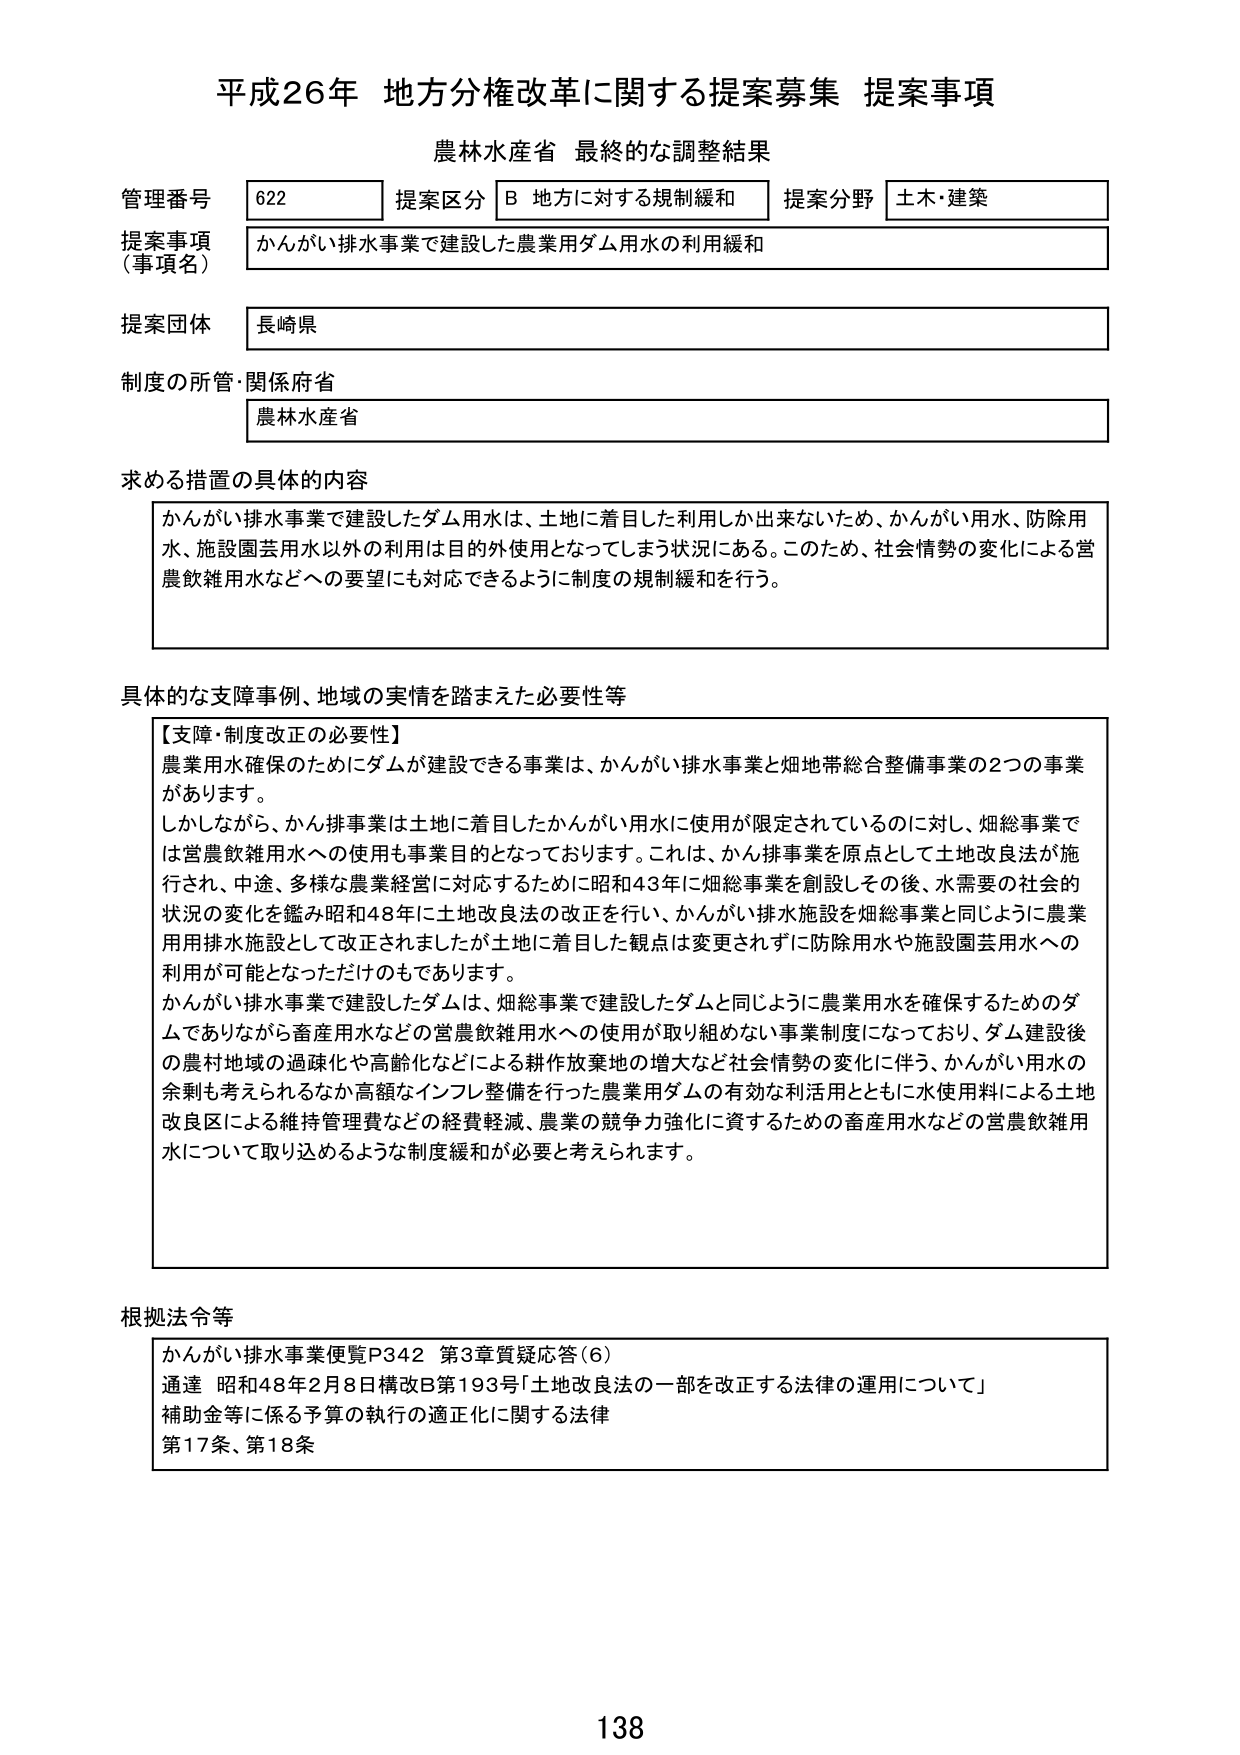
平成26年 地方分権改革に関する提案募集 提案事項
農林水産省 最終的な調整結果

管理番号 622 提案区分 B 地方に対する規制緩和 提案分野 土木・建築
提案事項（事項名） かんがい排水事業で建設した農業用ダム用水の利用緩和
提案団体 長崎県
制度の所管・関係府省 農林水産省

求める措置の具体的な内容
かんがい排水事業で建設したダム用水は、土地に着目した利用しか出来ないため、かんがい用水、防除用水、施設園芸用水以外の利用は目的外使用となってしまう状況にある。このため、社会情勢の変化による営農飲雑用水などへの要望にも対応できるように制度の規制緩和を行う。

具体的な支障事例、地域の実情を踏まえた必要性等
【支障・制度改正の必要性】
農業用水確保のためにダムが建設できる事業は、かんがい排水事業と畑地帯総合整備事業の2つの事業があります。
しかしながら、かん排事業は土地に着目したかんがい用水に使用が限定されているのに対し、畑総事業では営農飲雑用水への使用も事業目的となっております。これは、かん排事業を原点として土地改良法が施行され、中途、多様な農業経営に対応するために昭和43年に畑総事業を創設しその後、水需要の社会的状況の変化を鑑み昭和48年に土地改良法の改正を行い、かんがい排水施設を畑総事業と同じように農業用排水施設として改正されましたが土地に着目した観点は変更されずに防除用水や施設園芸用水への利用が可能となっただけでもあります。
かんがい排水事業で建設したダムは、畑総事業で建設したダムと同じように農業用水を確保するためのダムでありながら畜産用水などの営農飲雑用水への使用が取り組めない事業制度になっており、ダム建設後の農村地域の過疎化や高齢化などによる耕作放棄地の増大など社会情勢の変化に伴う、かんがい用水の余剰も考えられるなか高額なインフレ整備を行った農業用ダムの有効な利活用とともに水使用料による土地改良区による維持管理費などの経費軽減、農業の競争力強化に資するための畜産用水などの営農飲雑用水について取り込めるような制度緩和が必要と考えられます。

根拠法令等
かんがい排水事業便覧P342 第3章質疑応答(6)
通達 昭和48年2月8日構改B第193号「土地改良法の一部を改正する法律の運用について」
補助金等に係る予算の執行の適正化に関する法律
第17条、第18条

138